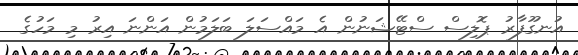
އުނގޫފާރު ޕޮލިސް ސްޓޭޝަނުން އެ މައްސަލަ ބަލަމުން އަންނަ އިރު މި މަހުގެ